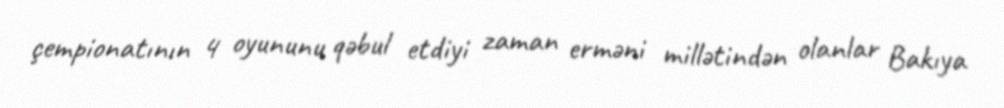
çempionatının 4 oyununu qəbul etdiyi zaman erməni millətindən olanlar Bakıya